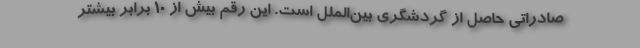
صادراتی حاصل از گردشگری بین‌الملل است. این رقم بیش از ۱۰ برابر بیشتر